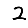
Digit: 2